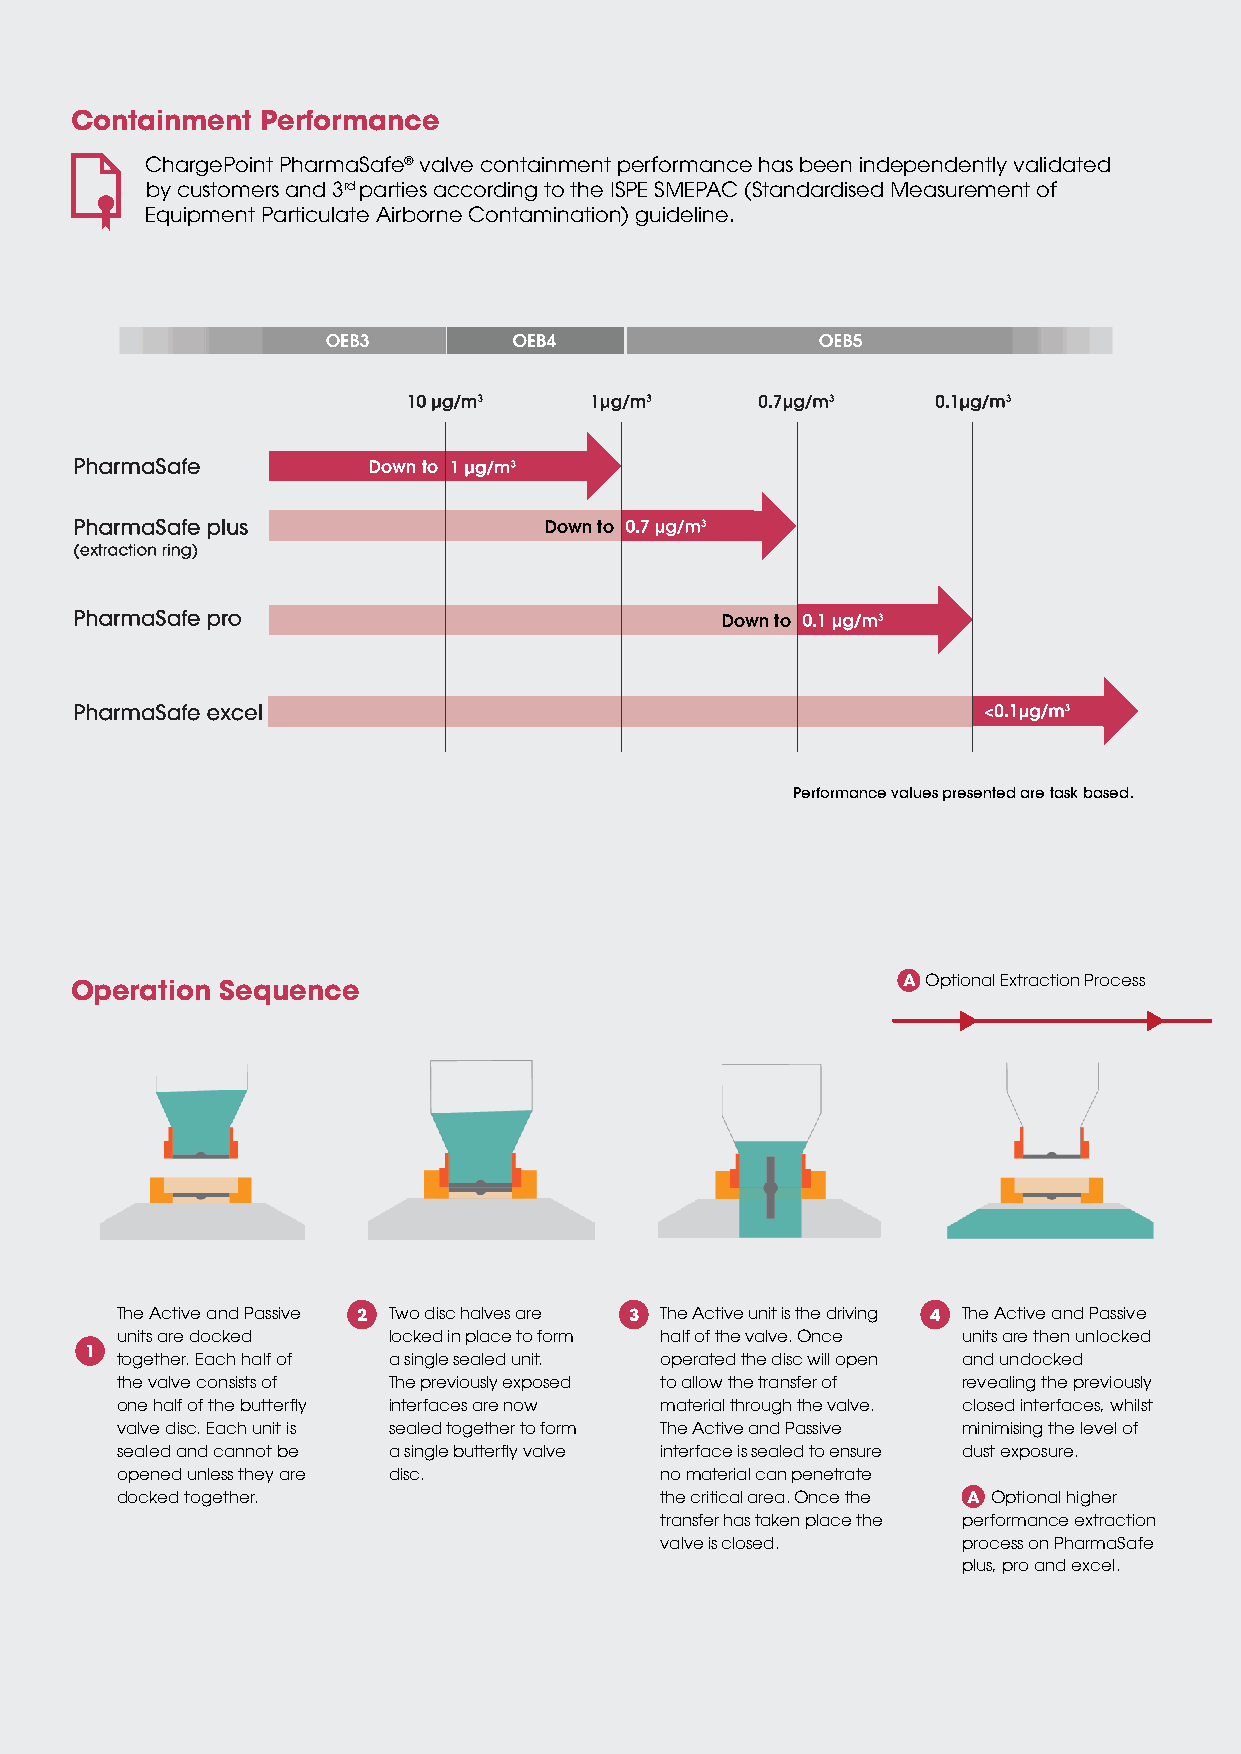
Containment Performance
 ChargePoint PharmaSafe® valve containment performance has been independently validated
 by customers and 3rd parties according to the ISPE SMEPAC (Standardised Measurement of
 Equipment Particulate Airborne Contamination) guideline.
 Down to
 Down to
 Down to
 Performance values presented are task based.
 A Optional Extraction Process
 Operation Sequence
 The Active and Passive 2 Two disc halves are 3 The Active unit is the driving 4 The Active and Passive
 units are docked  locked in place to form half of the valve. Once units are then unlocked
 1
 together. Each half of a single sealed unit. operated the disc will open and undocked
 the valve consists of The previously exposed to allow the transfer of revealing the previously
 one half of the butterfl y interfaces are now material through the valve. closed interfaces, whilst
 valve disc. Each unit is sealed together to form The Active and Passive minimising the level of
 sealed and cannot be a single butterfl y valve interface is sealed to ensure dust exposure.
 opened unless they are disc.        no material can penetrate
 docked together.                    the critical area. Once the A Optional higher
 transfer has taken place the performance extraction
 valve is closed.    process on PharmaSafe
 plus, pro and excel.